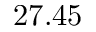
2 7 . 4 5